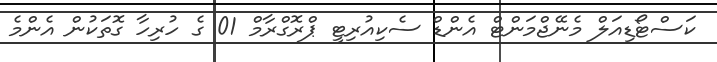
ކަސްޓޯޑިއަލް މެނޭޖްމަންޓް އެންޑް ސެކިއުރިޓީ ޕްރޮގްރާމް 01 ގެ ހުރިހާ ގޮތަކުން އެންމެ